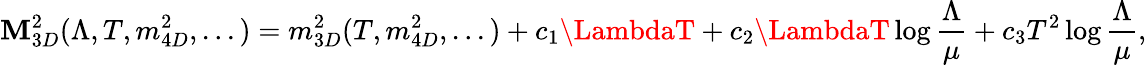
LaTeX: \mathbf{M}_{3D}^{2}(\Lambda,T,m_{4D}^{2},...)=m_{3D}^{2}(T,m_{4D}^{2},...)+c_{1}\LambdaT+c_{2}\LambdaT\log{\frac{{\Lambda}}{{\mu}}}+c_{3}T^{2}\log{\frac{{\Lambda}}{{\mu}}},